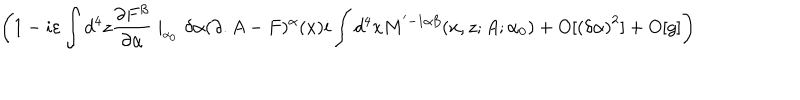
LaTeX: \left( 1 - i \varepsilon \int d ^ { 4 } z \frac { \partial F ^ { \beta } } { \partial \alpha } \mid _ { _ { \alpha _ { 0 } } } \delta \alpha ( \partial . A - F ) ^ { \alpha } ( x ) i \int d ^ { 4 } x M ^ { ' - 1 \alpha \beta } ( x , z ; A ; \alpha _ { 0 } ) + O [ \left( \delta \alpha \right) ^ { 2 } ] + O [ g ] \right)